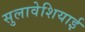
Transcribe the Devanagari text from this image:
सुलावेशियाई